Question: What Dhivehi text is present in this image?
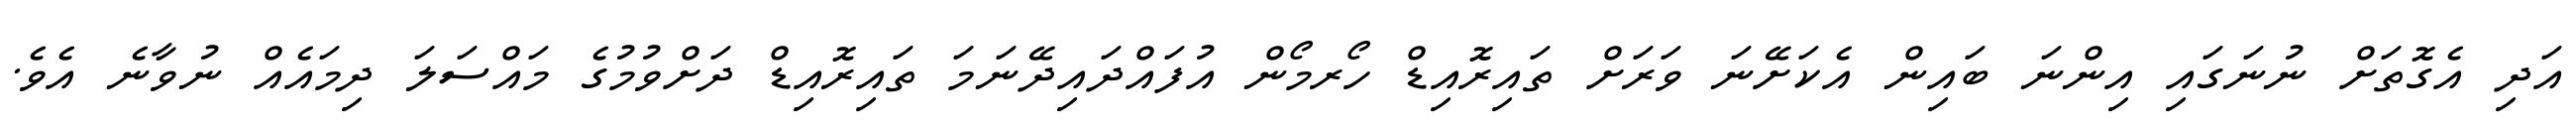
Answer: އަދި އެގޮތަށް ނުނަގައި އިންނަ ބައިން އެކަށޭނަ ވަރަށް ތައިރޮއިޑް ހޯރމޯން އުފައްދައިދޭނަމަ ތައިރޮއިޑް ދަށްވުމުގެ މައްސަލަ ދިމައެއް ނުވާނެ އެވެ.